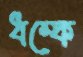
ধম্‌কে